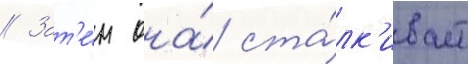
// Зат'е́м она́ ста́лк'ивает